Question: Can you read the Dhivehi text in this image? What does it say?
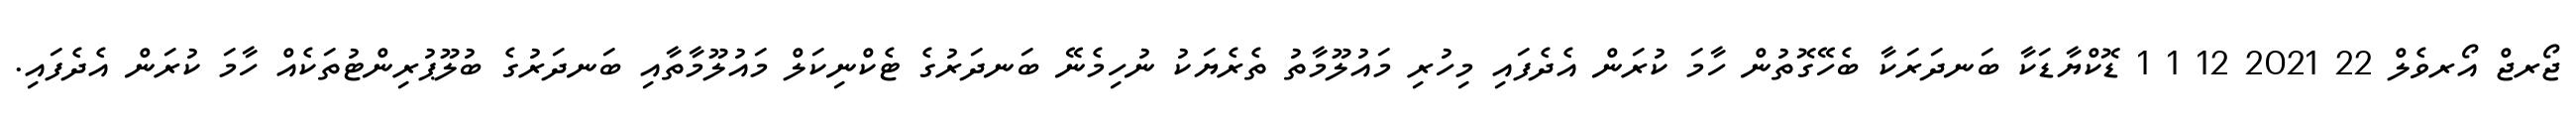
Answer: ޖޯރޖް އޯރވެލް 22 2021 12 1 1 ޑޮކްޔާޑަކާ ބަނދަރަކާ ބެހޭގޮތުން ހާމަ ކުރަން އެދެފައި މިހުރި މައުލޫމާތު ތެރެޔަކު ނުހިމެނޭ ބަނދަރުގެ ޓެކްނިކަލް މައުލޫމާތާއި ބަނދަރުގެ ބުލޫޕުރިންޓުތަކެއް ހާމަ ކުރަން އެދެފައި.